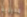
مديرية